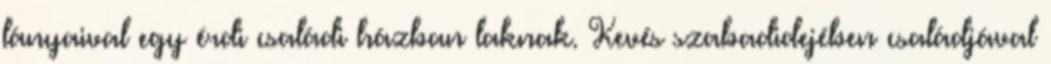
lányaival egy érdi családi házban laknak. Kevés szabadidejében családjával